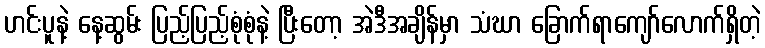
ဟင်းပူနဲ့ နေ့ဆွမ်း ပြည့်ပြည့်စုံစုံနဲ့ ပြီးတော့ အဲဒီအချိန်မှာ သံဃာ ခြောက်ရာကျော်လောက်ရှိတဲ့